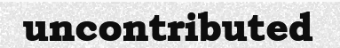
uncontributed